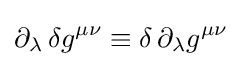
\partial _{\lambda }\,\delta g^{\mu \nu }\equiv \delta \,\partial _{\lambda }g^{\mu \nu }